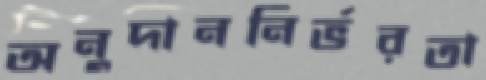
অনুদাননির্ভরতা